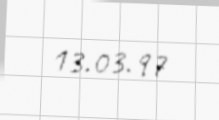
13.03.97